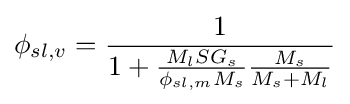
\phi _{sl,v}={\frac {1}{1+{\frac {M_{l}SG_{s}}{\phi _{sl,m}M_{s}}}{\frac {M_{s}}{M_{s}+M_{l}}}}}